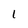
Character: 1